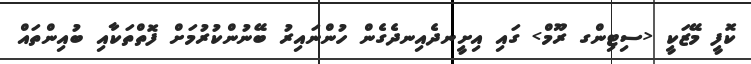
ކޮފީ މޭޒަކީ <ސިޓިންގ ރޫމް> ގައި އިށީނދެއިނދެގެން ހުންނައިރު ބޭނުންކުރުމަށް ފޮތްތަކާއި ބުއިންތައް